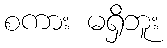
စကား မရှိဘူး